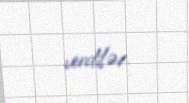
verdilər.